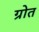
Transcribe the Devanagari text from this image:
ग्रोत